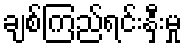
ချစ်ကြည်ရင်းနှီးမှု